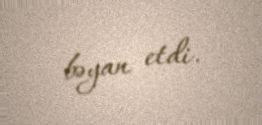
bəyan etdi.